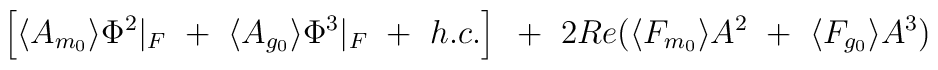
\left[ \langle A_{m_0}\rangle \Phi^2 \vert_F ~+~\langle A_{g_0}\rangle\Phi^3\vert_F ~+~ h.c. \right]{}~+~ 2Re( \langle F_{m_0} \rangle A^2 ~+~ \langle F_{g_0} \rangle A^3 )